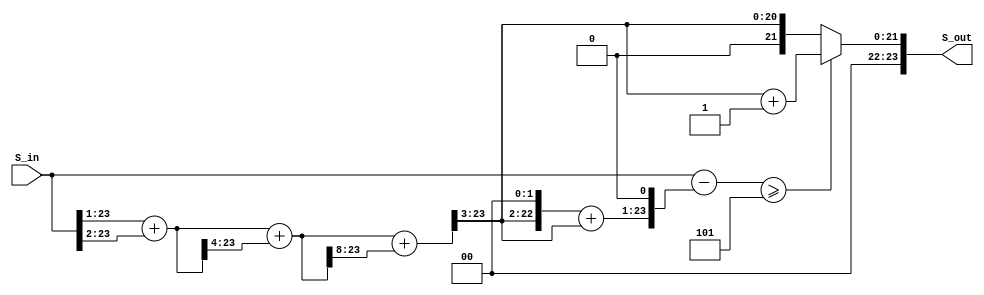
module Rounding(S_in, S_out);
	//parameter len = 5'd23;
	input [23:0] S_in;
	output [23:0] S_out;

	reg [23:0] temp;
	reg [23:0] reminder;
	always @(S_in) begin
		temp = (S_in >> 1) + (S_in >> 2);
		temp = temp + (temp >> 4);
		temp = temp + (temp >> 8);
		temp = temp >> 3;
		reminder = S_in - (((temp << 2) + temp) << 1);
	end
	assign S_out = reminder >= 5? temp + 1: temp;
endmodule